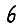
Digit: 6